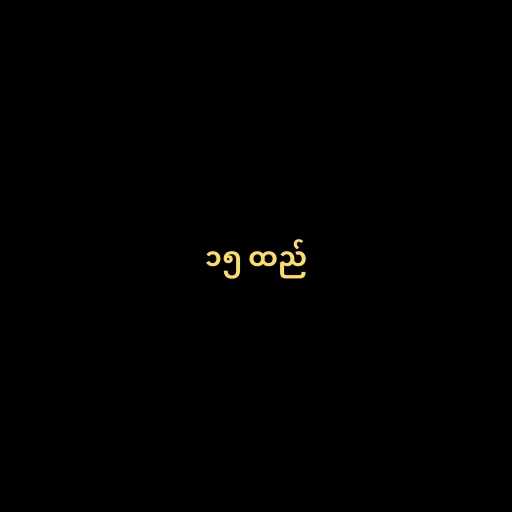
၁၅ ထည်